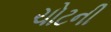
ચોટની